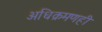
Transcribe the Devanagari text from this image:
अधिक्रमणही